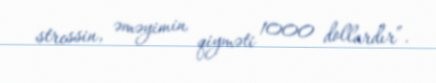
stressin, əməyimin qiyməti 1000 dollardır”.